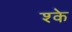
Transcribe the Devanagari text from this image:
श्के